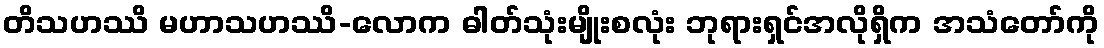
တိသဟဿိ မဟာသဟဿိ-လောက ဓါတ်သုံးမျိုးစလုံး ဘုရားရှင်အလိုရှိက အသံတော်ကို